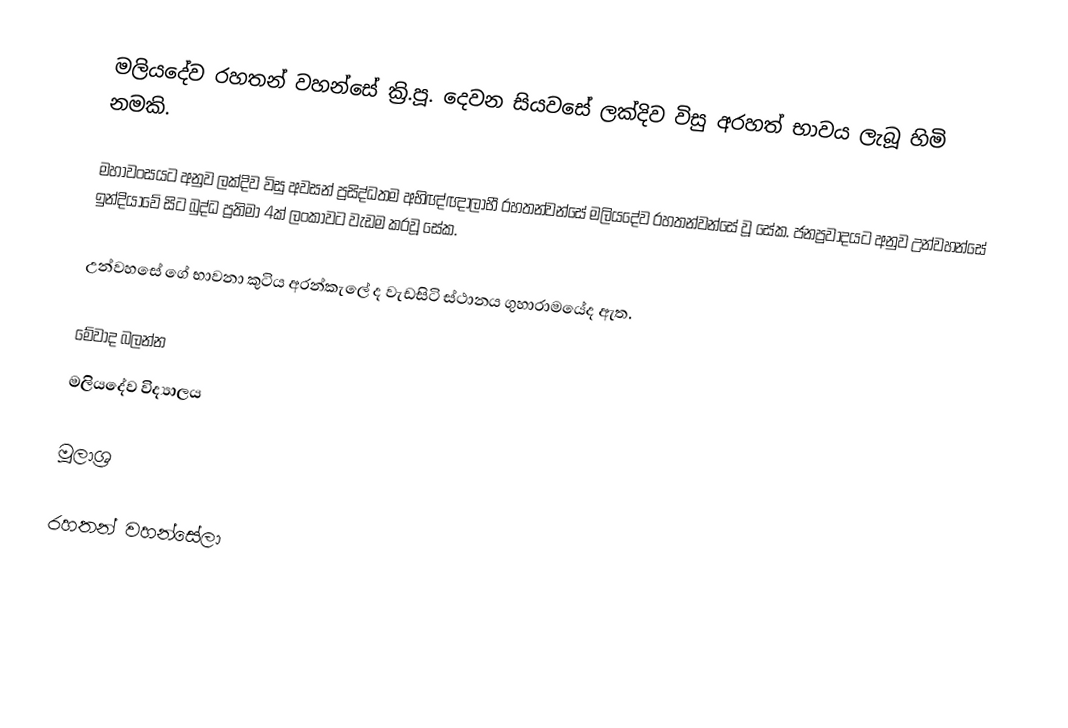
මලියදේව රහතන් වහන්සේ ක්‍රි.පූ. දෙවන සියවසේ ලක්දිව විසු අරහත් භාවය ලැබූ හිමි නමකි.

මහාවංසයට අනුව ලක්දිව විසු අවසන් ප්‍රසිද්ධතම අභිඥ්ඥාලාභී රහතන්වන්සේ මලියදේව රහතන්වන්සේ වූ සේක. ජනප්‍රවාදයට අනුව උන්වහන්සේ ඉන්දියාවේ සිට බුද්ධ ප්‍රතිමා 4ක් ලංකාවට වැඩම කරවූ සේක.

උන්වහසේ ගේ භාවනා කුටිය අරන්කැලේ ද   වැඩසිටි ස්ථානය ගුහාරාමයේද ඇත.

මේවාද බලන්න
 මලියදේව විද්‍යාලය

මූලාශ්‍ර

රහතන් වහන්සේලා